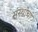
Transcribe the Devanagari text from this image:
संस्‍थांचा